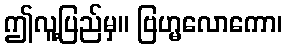
ဤလူ့ပြည်မှ။ ဗြဟ္မလောကော၊